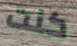
كنت